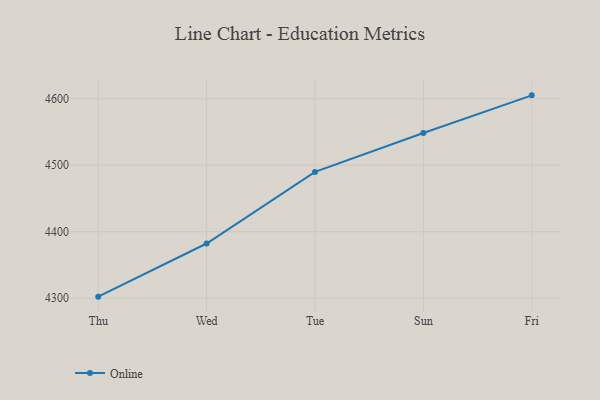
{"axis": {"x": "Day", "y": "Market Share (%)"}, "legend": ["Online"], "data": [{"x": "Thu", "y": 4302.4, "type": "Online"}, {"x": "Wed", "y": 4382.3, "type": "Online"}, {"x": "Tue", "y": 4490.0, "type": "Online"}, {"x": "Sun", "y": 4548.4, "type": "Online"}, {"x": "Fri", "y": 4605.1, "type": "Online"}]}